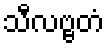
သီလဗ္ဗတံ